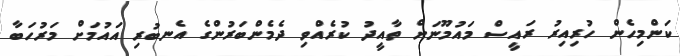
ކަންމިހެން ހުރިއިރު ރައީސް މައުމޫނަށް ތާއީދު ކުރެއްވި ދެމެންބަރުންގެ އެނބުރި އައުމަށް މަރުހަބާ